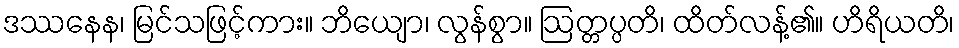
ဒဿနေန၊ မြင်သဖြင့်ကား။ ဘိယျော၊ လွန်စွာ။ ဩတ္တပ္ပတိ၊ ထိတ်လန့်၏။ ဟိရိယတိ၊